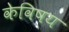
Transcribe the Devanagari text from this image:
केविषय